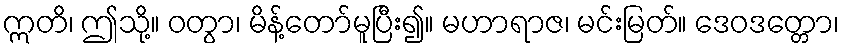
ဣတိ၊ ဤသို့။ ဝတွာ၊ မိန့်တော်မူပြီး၍။ မဟာရာဇ၊ မင်းမြတ်။ ဒေဝဒတ္တော၊